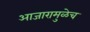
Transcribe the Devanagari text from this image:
आजारामुळेच